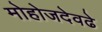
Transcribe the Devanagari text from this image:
मोहोजदेवढे